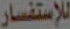
للإستفسار